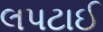
લપટાઈ